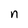
Character: n